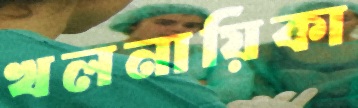
খলনায়িকা